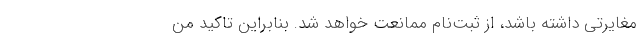
مغایرتی داشته باشد، از ثبت‌نام ممانعت خواهد شد. بنابراین تاکید من